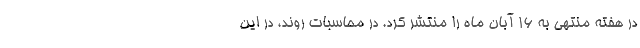
در هفته منتهی به ۱۶ آبان ماه را منتشر کرد. در محاسبات روند، در این